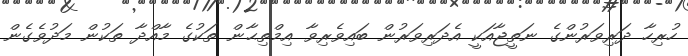
ހުރިހާ ދަރިވަރުންގެ ނަތީޖާއަކީ އެދަރިވަރުން ބައިވެރިވާ އިމްތިޙާން ތަކުގެ މާއްދާ ތަކުން މަދުވެގެން